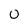
Character: 0